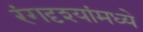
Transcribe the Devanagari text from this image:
रंगदृश्यांमध्ये